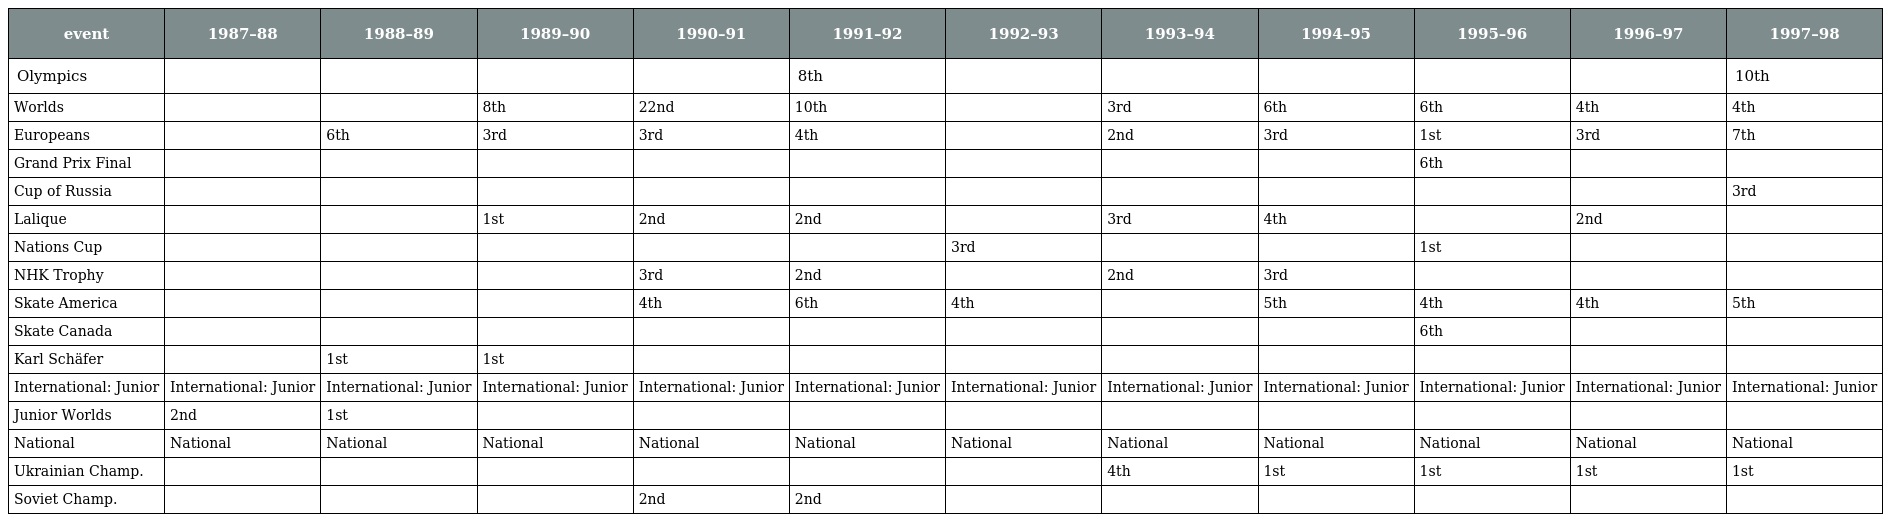
| event | 1987–88 | 1988–89 | 1989–90 | 1990–91 | 1991–92 | 1992–93 | 1993–94 | 1994–95 | 1995–96 | 1996–97 | 1997–98 |
 | --- | --- | --- | --- | --- | --- | --- | --- | --- | --- | --- | --- |
 | Olympics |  |  |  |  | 8th |  |  |  |  |  | 10th |
 | Worlds |  |  | 8th | 22nd | 10th |  | 3rd | 6th | 6th | 4th | 4th |
 | Europeans |  | 6th | 3rd | 3rd | 4th |  | 2nd | 3rd | 1st | 3rd | 7th |
 | Grand Prix Final |  |  |  |  |  |  |  |  | 6th |  |  |
 | Cup of Russia |  |  |  |  |  |  |  |  |  |  | 3rd |
 | Lalique |  |  | 1st | 2nd | 2nd |  | 3rd | 4th |  | 2nd |  |
 | Nations Cup |  |  |  |  |  | 3rd |  |  | 1st |  |  |
 | NHK Trophy |  |  |  | 3rd | 2nd |  | 2nd | 3rd |  |  |  |
 | Skate America |  |  |  | 4th | 6th | 4th |  | 5th | 4th | 4th | 5th |
 | Skate Canada |  |  |  |  |  |  |  |  | 6th |  |  |
 | Karl Schäfer |  | 1st | 1st |  |  |  |  |  |  |  |  |
 | International: Junior | International: Junior | International: Junior | International: Junior | International: Junior | International: Junior | International: Junior | International: Junior | International: Junior | International: Junior | International: Junior | International: Junior |
 | Junior Worlds | 2nd | 1st |  |  |  |  |  |  |  |  |  |
 | National | National | National | National | National | National | National | National | National | National | National | National |
 | Ukrainian Champ. |  |  |  |  |  |  | 4th | 1st | 1st | 1st | 1st |
 | Soviet Champ. |  |  |  | 2nd | 2nd |  |  |  |  |  |  |